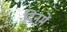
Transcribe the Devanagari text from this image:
दिनमें